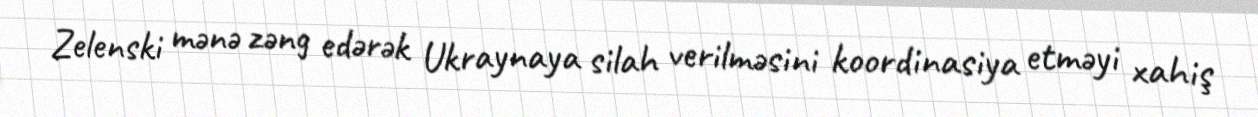
Zelenski mənə zəng edərək Ukraynaya silah verilməsini koordinasiya etməyi xahiş